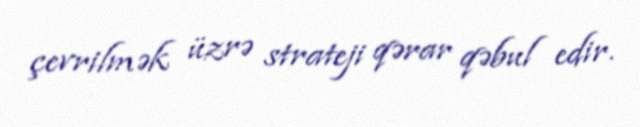
çevrilmək üzrə strateji qərar qəbul edir.